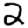
Digit: 2